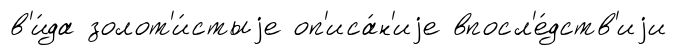
в'и́да золот'и́стыjе оп'иса́н'иjе впосл'е́дств'иjи